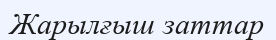
Жарылғыш заттар